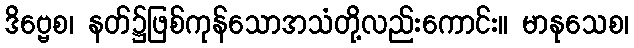
ဒိဗ္ဗေစ၊ နတ်၌ဖြစ်ကုန်သောအသံတို့လည်းကောင်း။ မာနုသေစ၊